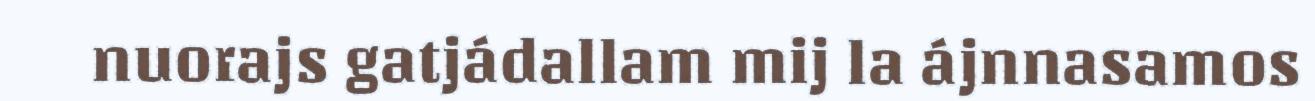
nuorajs gatjádallam mij la ájnnasamos